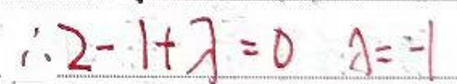
\(\therefore 2 - 1 + \lambda = 0 \quad \lambda = - 1\)